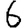
Digit: 6